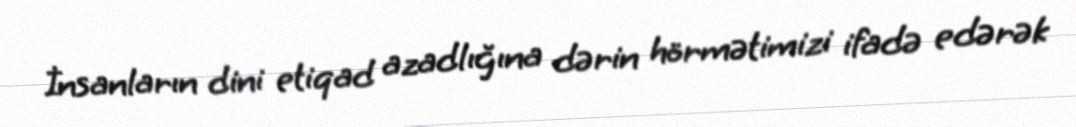
İnsanların dini etiqad azadlığına dərin hörmətimizi ifadə edərək